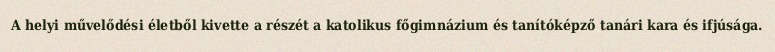
A helyi művelődési életből kivette a részét a katolikus főgimnázium és tanítóképző tanári kara és ifjúsága.